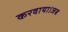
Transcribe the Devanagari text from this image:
करवाया।जब